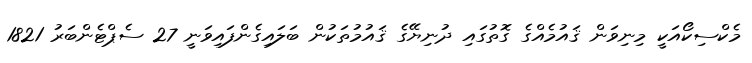
މެކްސިކޯއަކީ މިނިވަން ޤައުމެއްގެ ގޮތުގައި ދުނިޔޭގެ ޤައުމުތަކުން ބަލައިގެންފައިވަނީ 27 ސެޕްޓެންބަރު 1821